Civil Veterinary Department. United Provinces 1932-42 - 1932-1942
Year: 1932
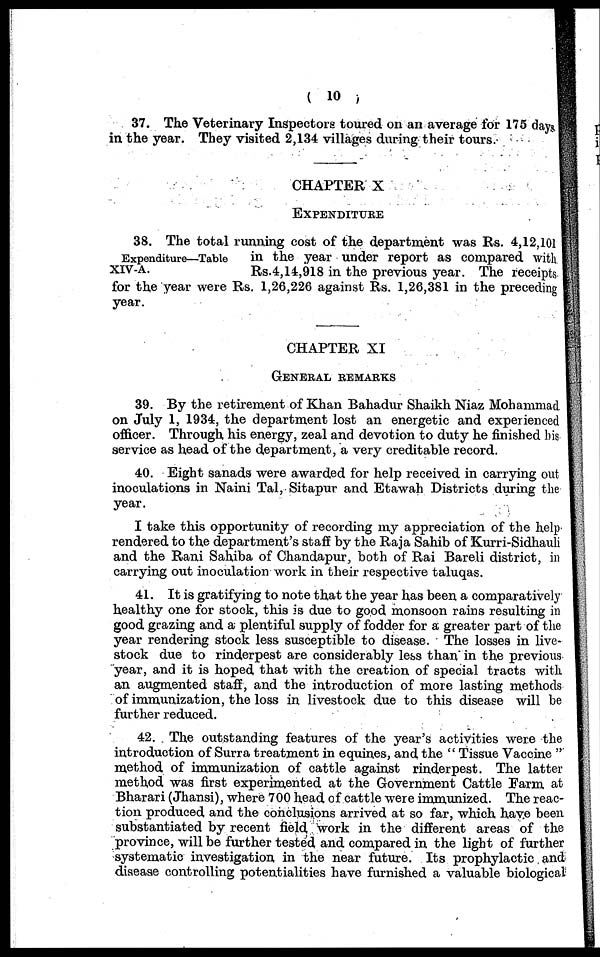
(10)
37. The Veterinary Inspectors toured on an average for 175 days
in the year. They visited 2,134 villages during their tours.
CHAPTER X
EXPENDITURE
Expenditure—Table
XIV-A.
38. The total running cost of the department was Rs. 4,12,101
in the year under report as compared with
Rs.4,14,918 in the previous year. The receipts
for the year were Rs. 1,26,226 against Rs. 1,26,381 in the preceding
year.
CHAPTER XI
GENERAL REMARKS
39. By the retirement of Khan Bahadur Shaikh Niaz Mohammad.
on July 1, 1934, the department lost an energetic and experienced
officer. Through his energy, zeal and devotion to duty he finished his
service as head of the department, a very creditable record.
40. Eight sanads were awarded for help received in carrying out
inoculations in Naini Tal, Sitapur and Etawah Districts during the
year.
I take this opportunity of recording my appreciation of the help.
rendered to the department's staff by the Raja Sahib of Kurri-Sidhauli
and the Rani Sahiba of Chandapur, both of Rai Bareli district, in
carrying out inoculation work in their respective taluqas.
41. It is gratifying to note that the year has been a comparatively
healthy one for stock, this is due to good monsoon rains resulting in
good grazing and a plentiful supply of fodder for a greater part of the
year rendering stock less susceptible to disease. The losses in live-
stock due to rinderpest are considerably less than in the previous
year, and it is hoped that with the creation of special tracts with
an augmented staff, and the introduction of more lasting methods
of immunization, the loss in livestock due to this disease will be
further reduced.
42. The outstanding features of the year's activities were the
introduction of Surra treatment in equines, and the " Tissue Vaccine "
method of immunization of cattle against rinderpest. The latter
method was first experimented at the Government Cattle Farm at
Bharari (Jhansi), where 700 head of cattle were immunized. The reac-
tion produced and the conclusions arrived at so far, which have been
substantiated by recent field work in the different areas of the
province, will be further tested and compared in the light of further
systematic investigation in the near future. Its prophylactic and
disease controlling potentialities have furnished a valuable biological